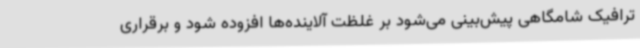
ترافیک شامگاهی پیش‌بینی می‌شود بر غلظت آلاینده‌ها افزوده شود و برقراری